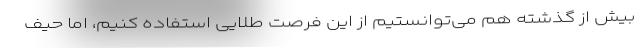
بیش از گذشته هم می‌توانستیم از این فرصت طلایی استفاده كنیم، اما حیف